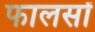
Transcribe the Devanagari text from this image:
फालसों